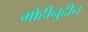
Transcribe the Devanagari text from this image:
मोहीनुद्दीन